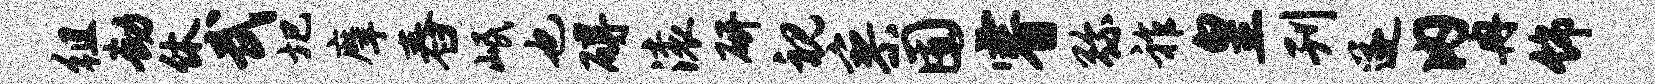
徂劫休武圯摩舂岷也碍滚研视寥囿睿弥祚皇刊遂内冉饰